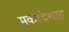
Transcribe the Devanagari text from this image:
मकरंदशाह